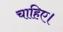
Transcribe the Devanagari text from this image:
चाहिए।